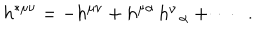
LaTeX: h ^ { * \mu \nu } = - h ^ { \mu \nu } + h ^ { \mu \alpha } \, h _ { \; \; \alpha } ^ { \nu } + \cdots \; \; .